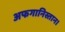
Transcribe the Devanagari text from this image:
अफगानिस्तान।